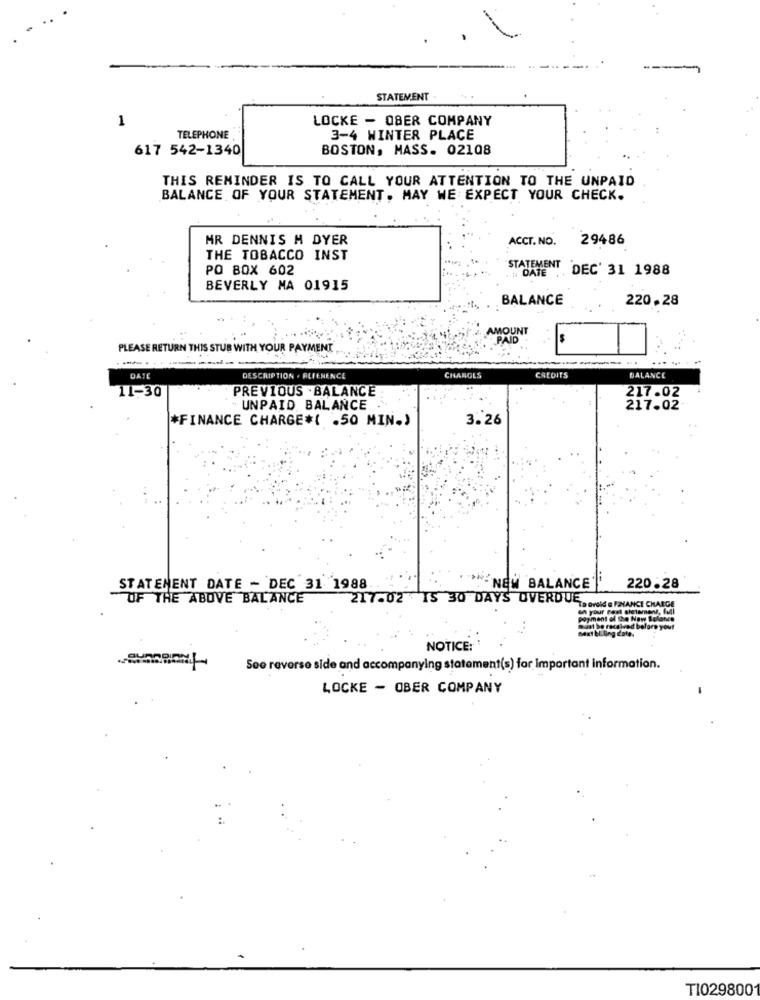
STATEMENT
1
LOCKE - OBER COMPANY
TELEPHONE
3-4 WINTER PLACE
617 542-1340
BOSTON, MASS. 02108
THIS REMINDER IS TO CALL YOUR ATTENTION TO THE UNPAID
BALANCE OF YOUR STATEMENT, MAY WE EXPECT YOUR CHECK.
MR DENNIS M DYER
ACCT. NO.
29486
THE TOBACCO INST
PO BOX 602
STATEMENT DEC' 31 1988
BEVERLY MA 01915
BALANCE
220.28
AMOUNT
Is
PLEASE RETURN THIS STUB WITH YOUR PAYMENT .
DATE
DESCRIPTION . REFERENCE
CHARGES
CREDITS
BALANCE
PREVIOUS . BALANCE
11-30
217.02
UNPAID BALANCE
217.02
*FINANCE CHARGE*( .50 MIN.)
3.26
STATEMENT DATE - DEC 31 1988.
"NEW BALANCE''
220.28
OF THE ABOVE BALANCE
217.02 15 30 DAYS OVERDUE
"To ovold a FINANCE CHARGE
nt of the New Balance
NOTICE:
See reverse side and accompanying statement(s) far Important information.
LOCKE - OBER COMPANY
TI029800